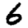
Digit: 6